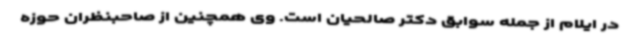
در ایلام از جمله سوابق دکتر صالحیان است. وی همچنین از صاحبنظران حوزه